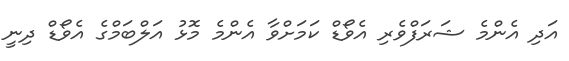
އަދި އެންމެ ޝަރަފްވެރި އެވޯޑް ކަމަށްވާ އެންމެ މޮޅު އަލްބަމްގެ އެވޯޑް ދިނީ